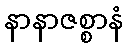
နာနာဇစ္စာနံ